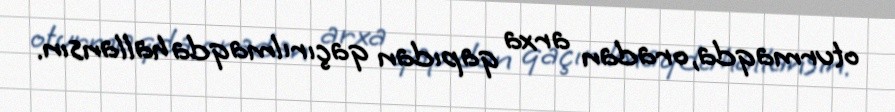
oturmaqda, oradan arxa qapıdan qaçırılmaqda hallansın.